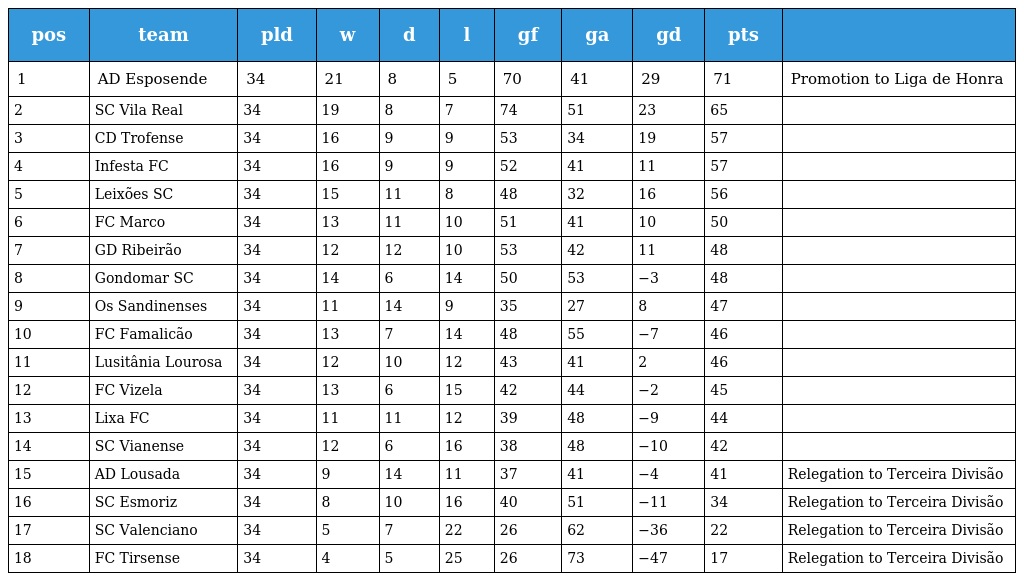
| pos | team | pld | w | d | l | gf | ga | gd | pts |  |
 | --- | --- | --- | --- | --- | --- | --- | --- | --- | --- | --- |
 | 1 | AD Esposende | 34 | 21 | 8 | 5 | 70 | 41 | 29 | 71 | Promotion to Liga de Honra |
 | 2 | SC Vila Real | 34 | 19 | 8 | 7 | 74 | 51 | 23 | 65 |  |
 | 3 | CD Trofense | 34 | 16 | 9 | 9 | 53 | 34 | 19 | 57 |  |
 | 4 | Infesta FC | 34 | 16 | 9 | 9 | 52 | 41 | 11 | 57 |  |
 | 5 | Leixões SC | 34 | 15 | 11 | 8 | 48 | 32 | 16 | 56 |  |
 | 6 | FC Marco | 34 | 13 | 11 | 10 | 51 | 41 | 10 | 50 |  |
 | 7 | GD Ribeirão | 34 | 12 | 12 | 10 | 53 | 42 | 11 | 48 |  |
 | 8 | Gondomar SC | 34 | 14 | 6 | 14 | 50 | 53 | −3 | 48 |  |
 | 9 | Os Sandinenses | 34 | 11 | 14 | 9 | 35 | 27 | 8 | 47 |  |
 | 10 | FC Famalicão | 34 | 13 | 7 | 14 | 48 | 55 | −7 | 46 |  |
 | 11 | Lusitânia Lourosa | 34 | 12 | 10 | 12 | 43 | 41 | 2 | 46 |  |
 | 12 | FC Vizela | 34 | 13 | 6 | 15 | 42 | 44 | −2 | 45 |  |
 | 13 | Lixa FC | 34 | 11 | 11 | 12 | 39 | 48 | −9 | 44 |  |
 | 14 | SC Vianense | 34 | 12 | 6 | 16 | 38 | 48 | −10 | 42 |  |
 | 15 | AD Lousada | 34 | 9 | 14 | 11 | 37 | 41 | −4 | 41 | Relegation to Terceira Divisão |
 | 16 | SC Esmoriz | 34 | 8 | 10 | 16 | 40 | 51 | −11 | 34 | Relegation to Terceira Divisão |
 | 17 | SC Valenciano | 34 | 5 | 7 | 22 | 26 | 62 | −36 | 22 | Relegation to Terceira Divisão |
 | 18 | FC Tirsense | 34 | 4 | 5 | 25 | 26 | 73 | −47 | 17 | Relegation to Terceira Divisão |